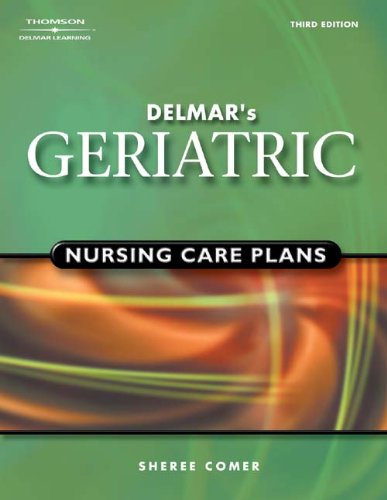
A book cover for Delmar's Geriatric Nursing Care Plans; Sheree Raye Comer; Medical Books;